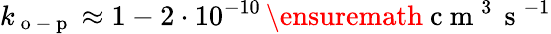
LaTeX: k_{\mathrm{~o~-~p~}}\approx 1-2\cdot 10^{-10}\, \ensuremath{\mathrm{~c~m~}^{3}\, \mathrm{~s~}^{-1}}